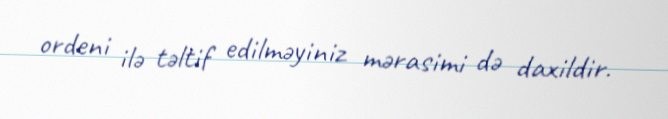
ordeni ilə təltif edilməyiniz mərasimi də daxildir.